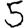
Digit: 5